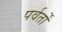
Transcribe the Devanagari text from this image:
पर्वर्तों